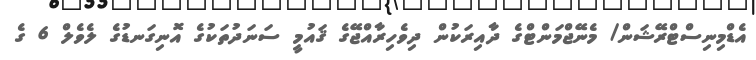
އެޑްމިނިސްޓްރޭޝަން/ މެނޭޖްމަންޓްގެ ދާއިރަކުން ދިވެހިރާއްޖޭގެ ޤައުމީ ސަނަދުތަކުގެ އޮނިގަނޑުގެ ލެވެލް 6 ގެ